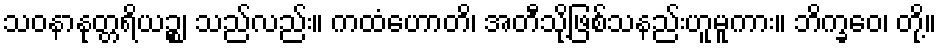
သဝနာနုတ္တရိယဉ္စ၊ သည်လည်း။ ကထံဟောတိ၊ အတီသို့ဖြစ်သနည်းဟူမူကား။ ဘိက္ခဝေ၊ တို့။